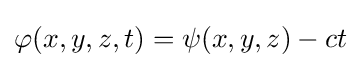
\varphi (x,y,z,t)=\psi (x,y,z)-ct